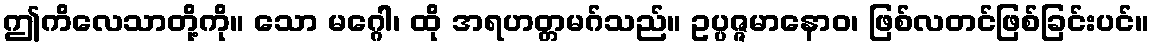
ဤကိလေသာတို့ကို။ သော မဂ္ဂေါ၊ ထို အရဟတ္တမဂ်သည်။ ဥပ္ပဇ္ဇမာနောဝ၊ ဖြစ်လတင်ဖြစ်ခြင်းပင်။